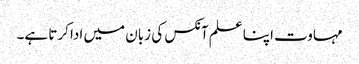
مہاوت اپنا علم آنکس کی زبان میں ادا کرتا ہے۔